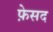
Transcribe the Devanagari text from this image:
फ़ेसद